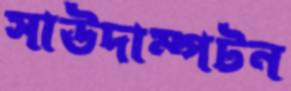
সাউদাম্পটন